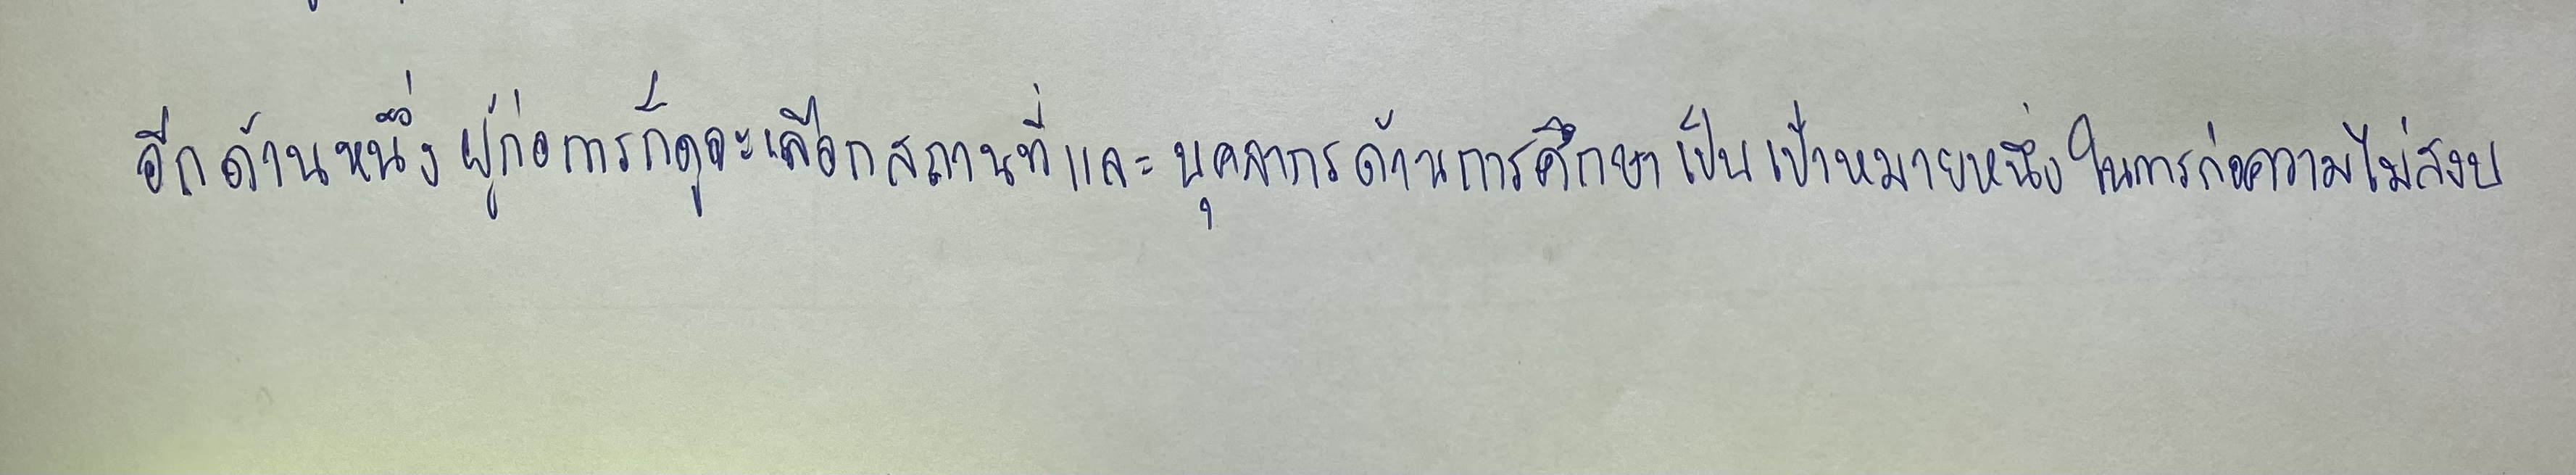
อีกด้านหนึ่งผู้ก่อการก็ดูจะเลือกสถานที่และบุคลากรด้านการศึกษาเป็นเป้าหมายหนึ่งในการก่อความไม่สงบ